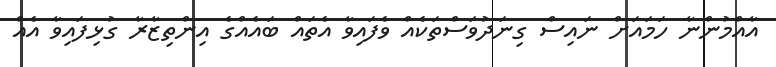
އާއްމުންނާ ހަމައަށް ނައިސް ގިނަދުވަސްތަކެއް ވެފައިވާ އެތައް ބައެއްގެ އިންތިޒާރާ ގުޅިފައިވާ އެއް